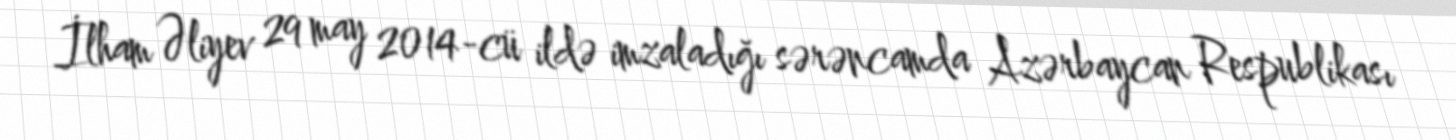
İlham Əliyev 29 may 2014-cü ildə imzaladığı sərəncamda Azərbaycan Respublikası